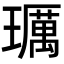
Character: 𤪲